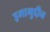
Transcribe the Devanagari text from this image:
इमामुद्दीन